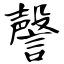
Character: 謦